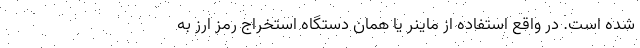
شده است. در واقع استفاده از ماینر یا همان دستگاه استخراج رمز ارز به